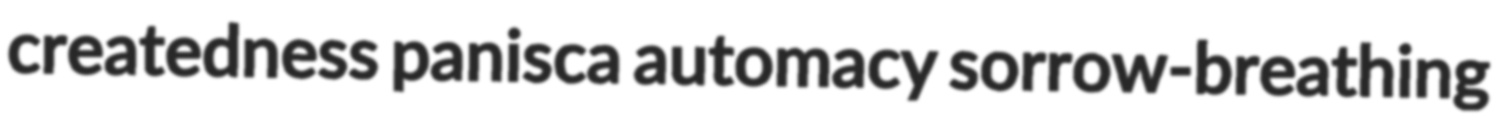
createdness panisca automacy sorrow-breathing